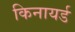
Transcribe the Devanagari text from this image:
किनायर्ड